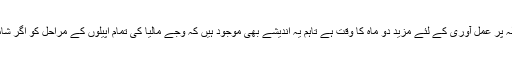
پاکستانی وزیر ہیں اور اب ان کے پاس اس قطعی فیصلہ پر عمل آوری کے لئے مزید دو ماہ کا وقت ہے تاہم یہ اندیشے بھی موجود ہیں کہ وجے مالیا کی تمام اپیلوں کے مراحل کو اگر شامل کیا گیا تو حوالگی کا مرحلہ مزید طویل ہوسکتا ہے۔